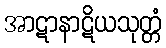
အာဋာနာဋိယသုတ္တံ